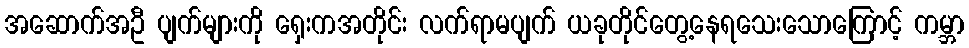
အဆောက်အဦ ပျက်များကို ရှေးကအတိုင်း လက်ရာမပျက် ယခုတိုင်တွေ့နေရသေးသောကြောင့် ကမ္ဘာ